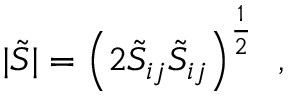
| \tilde { S } | = \left( 2 \tilde { S } _ { i j } \tilde { S } _ { i j } \right) ^ { \frac { 1 } { 2 } } \, \mathrm { ~ , ~ }